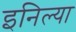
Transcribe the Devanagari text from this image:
इनिल्या